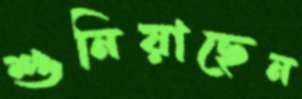
শুনিয়াছেন